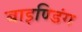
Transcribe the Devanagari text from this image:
बाइण्डिंग